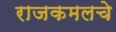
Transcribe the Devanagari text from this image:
राजकमलचे